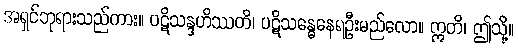
အရှင်ဘုရားသည်ကား။ ပဋိသန္ဒဟိဿတိ၊ ပဋိသန္ဓေနေရဦးမည်လော။ ဣတိ၊ ဤသို့။